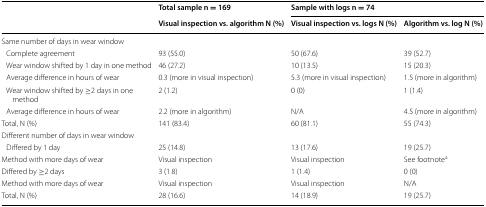
<table><thead><tr><td rowspan="2"></td><td><b>Total sample n = 169</b></td><td colspan="2"><b>Sample with logs n = 74</b></td></tr><tr><td><b>Visual inspection vs. algorithm N (%)</b></td><td><b>Visual inspection vs. logs N (%)</b></td><td><b>Algorithm vs. log N (%)</b></td></tr></thead><tbody><tr><td colspan="4">Same number of days in wear window</td></tr><tr><td> Complete agreement</td><td>93 (55.0)</td><td>50 (67.6)</td><td>39 (52.7)</td></tr><tr><td> Wear window shifted by 1 day in one method</td><td>46 (27.2)</td><td>10 (13.5)</td><td>15 (20.3)</td></tr><tr><td> Average difference in hours of wear</td><td>0.3 (more in visual inspection)</td><td>5.3 (more in visual inspection)</td><td>1.5 (more in algorithm)</td></tr><tr><td> Wear window shifted by ≥2 days in one method</td><td>2 (1.2)</td><td>0 (0)</td><td>1 (1.4)</td></tr><tr><td> Average difference in hours of wear</td><td>2.2 (more in algorithm)</td><td>N/A</td><td>4.5 (more in algorithm)</td></tr><tr><td>Total, N (%)</td><td>141 (83.4)</td><td>60 (81.1)</td><td>55 (74.3)</td></tr><tr><td colspan="4">Different number of days in wear window</td></tr><tr><td> Differed by 1 day</td><td>25 (14.8)</td><td>13 (17.6)</td><td>19 (25.7)</td></tr><tr><td>Method with more days of wear</td><td>Visual inspection</td><td>Visual inspection</td><td>See footnote<sup>a</sup></td></tr><tr><td>Differed by ≥2 days</td><td>3 (1.8)</td><td>1 (1.4)</td><td>0 (0)</td></tr><tr><td>Method with more days of wear</td><td>Visual inspection</td><td>Visual inspection</td><td>N/A</td></tr><tr><td>Total, N (%)</td><td>28 (16.6)</td><td>14 (18.9)</td><td>19 (25.7)</td></tr></tbody></table>